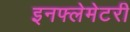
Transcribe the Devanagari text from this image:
इनफ्लेमेटरी